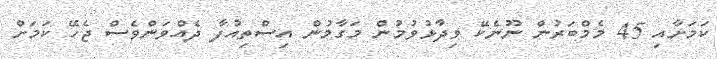
ކަމަށާއި 45 މެމްބަރުން ނޫނެކޭ ވިދާޅުވުމުން މަގާމުން އިސްތިއުފާ ދެއްވަންވެސް ޖެހޭ ކަމަށް